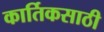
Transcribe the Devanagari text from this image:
कार्तिकसाठी